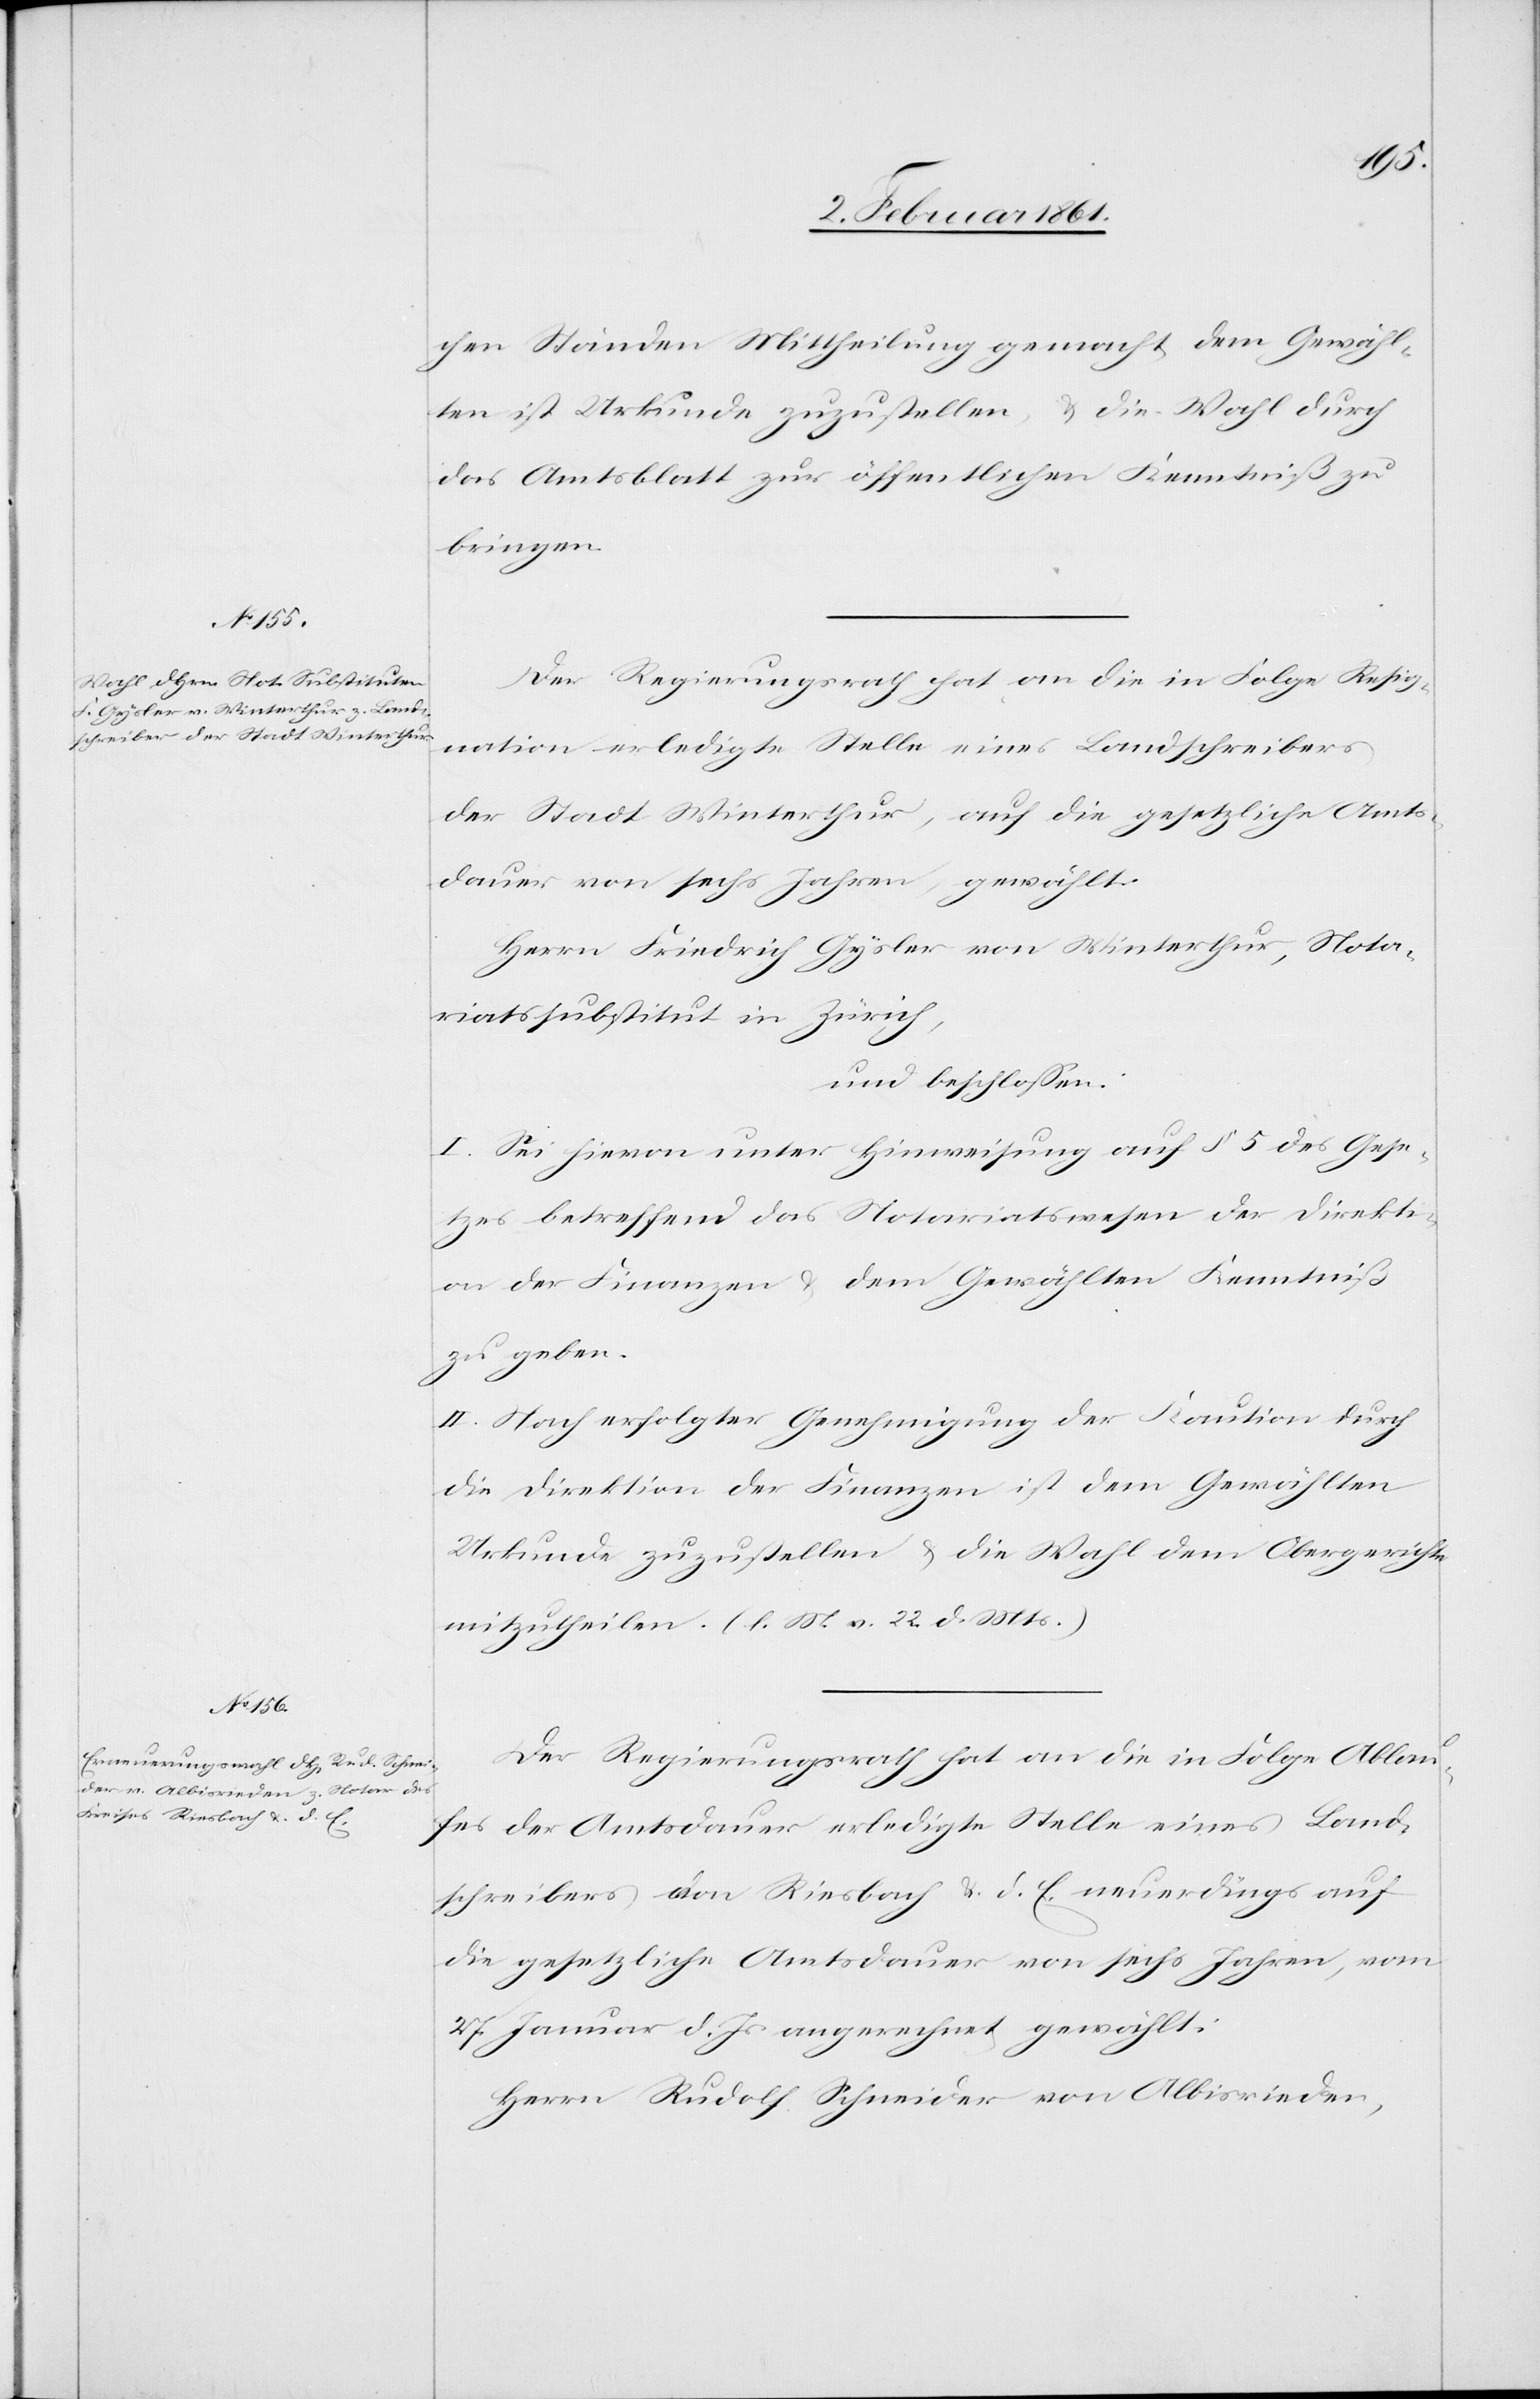
ic!] Ständen Mittheilung gemacht, dem Gewähl¬
ten ist Urkunde zuzustellen, u. die Wahl durch
das Amtsblatt zur öffentlichen Kenntniss zu
bringen.
Der Regierungsrath hat an die in Folge Resig¬
nation erledigte Stelle eines Landschreibers
der Stadt Winterthur, auf die gesetzliche Amts¬
dauer von sechs Jahren gewählt:
Herrn Friedrich Gysler von Winterthur, Nota¬
riatssubstitut in Zürich,
und beschlossen:
I. Sei hievon unter Hinweisung auf §. 5 des Gese¬
tzes betreffend das Notariatswesen der Direkti¬
on der Finanzen u. dem Gewählten Kenntniß
zu geben.
II. Nach erfolgter Genehmigung der Kaution durch
die Direktion der Finanzen ist dem Gewählten
Urkunde zuzustellen u. die Wahl dem Obergerichte
mitzutheilen. (l. M. v. 22. d. Mts.)
Der Regierungsrath hat an die in Folge Ablau¬
[s¬
fes der Amtsdauer erledigte Stelle eines Land¬
schreibers von Riesbach u. d. E. neuerdings auf
die gesetzliche Amtsdauer von sechs Jahren, vom
27. Januar d. Js. angerechnet gewählt:
Herrn Rudolf Schneider von Albisrieden,